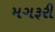
મગરૂરી